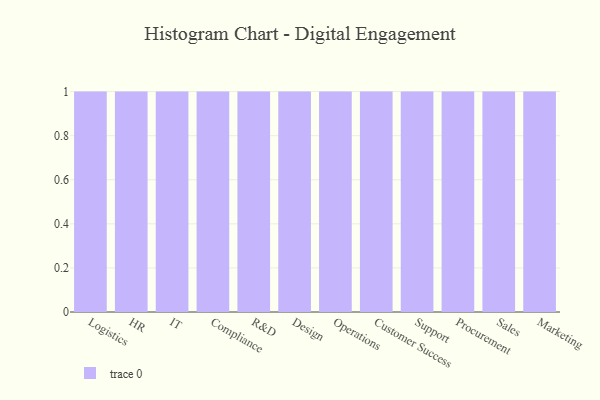
{"axis": {"x": "Department", "y": "Revenue (USD Million)"}, "legend": [""], "data": [{"x": "Logistics", "y": 88, "type": ""}, {"x": "HR", "y": 45, "type": ""}, {"x": "IT", "y": 31, "type": ""}, {"x": "Compliance", "y": 66, "type": ""}, {"x": "R&D", "y": 19, "type": ""}, {"x": "Design", "y": 48, "type": ""}, {"x": "Operations", "y": 89, "type": ""}, {"x": "Customer Success", "y": 99, "type": ""}, {"x": "Support", "y": 59, "type": ""}, {"x": "Procurement", "y": 6, "type": ""}, {"x": "Sales", "y": 48, "type": ""}, {"x": "Marketing", "y": 83, "type": ""}]}